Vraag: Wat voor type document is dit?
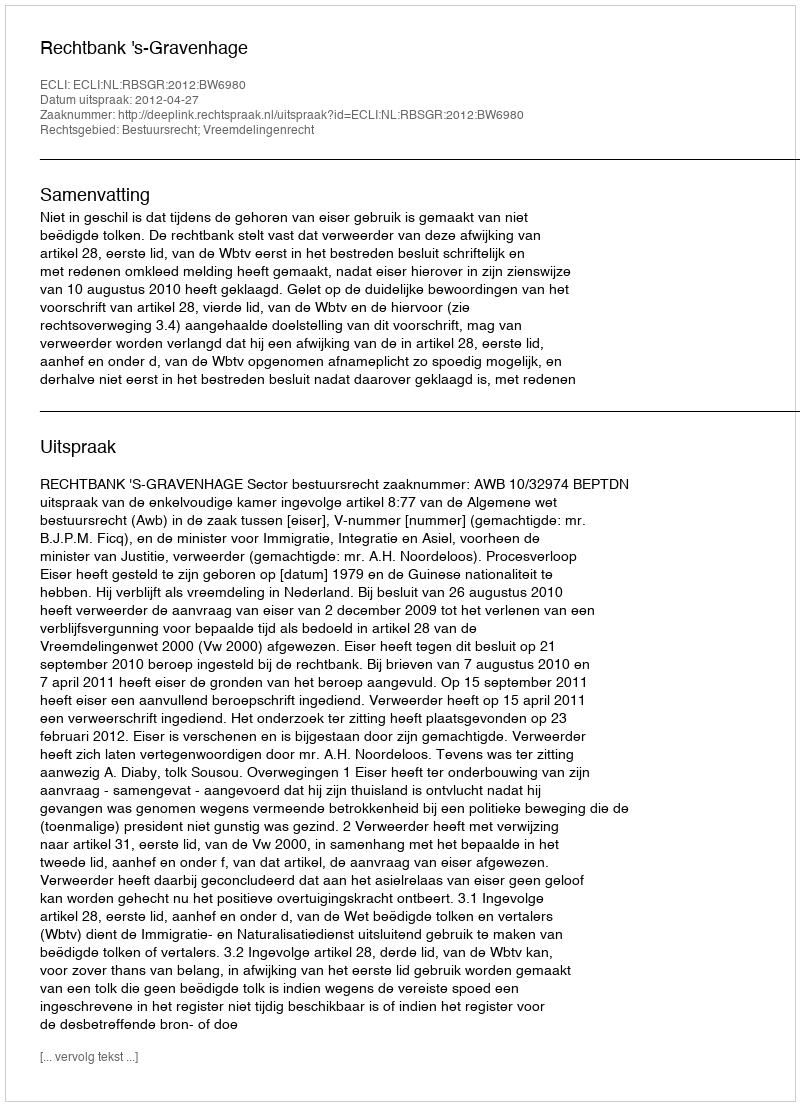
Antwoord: Uitspraak